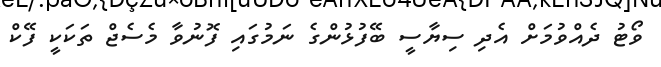
ވޯޓު ދެއްވުމަށް އެދި ސިޔާސީ ބޭފުޅުންގެ ނަމުގައި ފޮނުވާ މެސެޖް ތަކަކީ ފޭކް